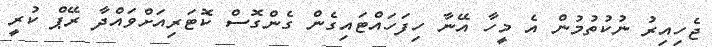
ޖެހިއިރު ނުކުތުމުން އެ މީހާ އޭނާ ހިފަހައްޓައިގެން ގެންގޮސް ކޮޓަރިއަށްވައްދާ ރޭޕް ކުރީ